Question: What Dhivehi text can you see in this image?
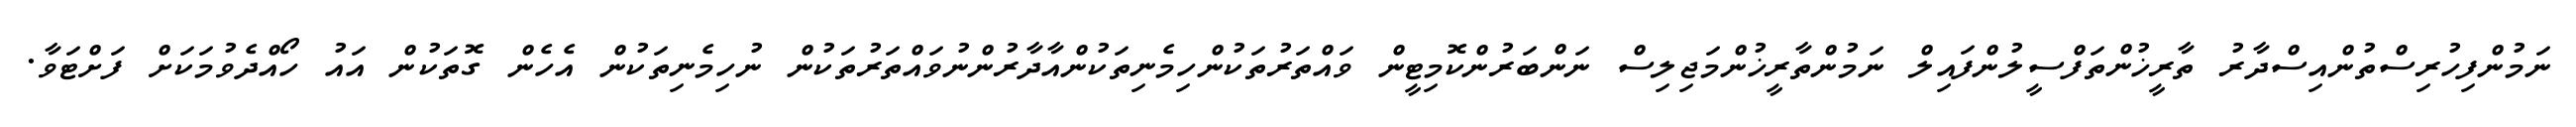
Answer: ނަމުންފިހުރިސްތުންއިސްދާރު ތާރީޚުންތަފްސީލުންފައިލް ނަމުންތާރީޚުންމަޖިލިސް ނަންބަރުންކޮމިޓީން ވައްތަރުތަކުންހިމެނިތަކުންއާދާރުންނުވައްތަރުތަކުން ނުހިމެނިތަކުން އެހެން ގޮތަކުން އައު ހޯއްދެވުމަކަށް ފަށްޓަވާ.